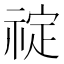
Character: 𬓆